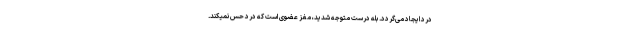
درد ایجاد می‌گردد. بله درست متوجه شدید، مغز عضوی است که درد حس نمیکند.